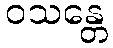
ဝသန္တေ